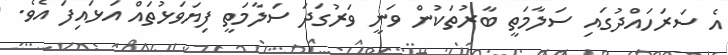
އެ ސަރަހައްދުގައި ސަލާމަތީ ބާރުތަކުން ވަނީ ވަރުގަދަ ސަލާމަތީ ފިޔަވަޅުތައް އަޅައިފަ އެވެ.